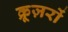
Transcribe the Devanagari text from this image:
क्रूज़रों